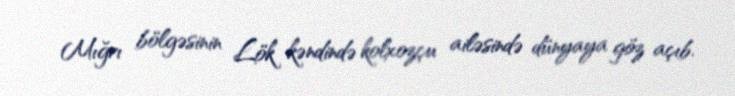
Mığrı bölgəsinin Lök kəndində kolxozçu ailəsində dünyaya göz açıb.